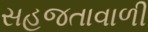
સહજતાવાળી